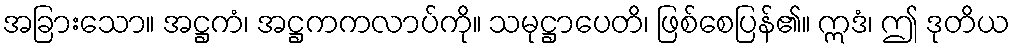
အခြားသော။ အဋ္ဌကံ၊ အဋ္ဌကကလာပ်ကို။ သမုဋ္ဌာပေတိ၊ ဖြစ်စေပြန်၏။ ဣဒံ၊ ဤ ဒုတိယ